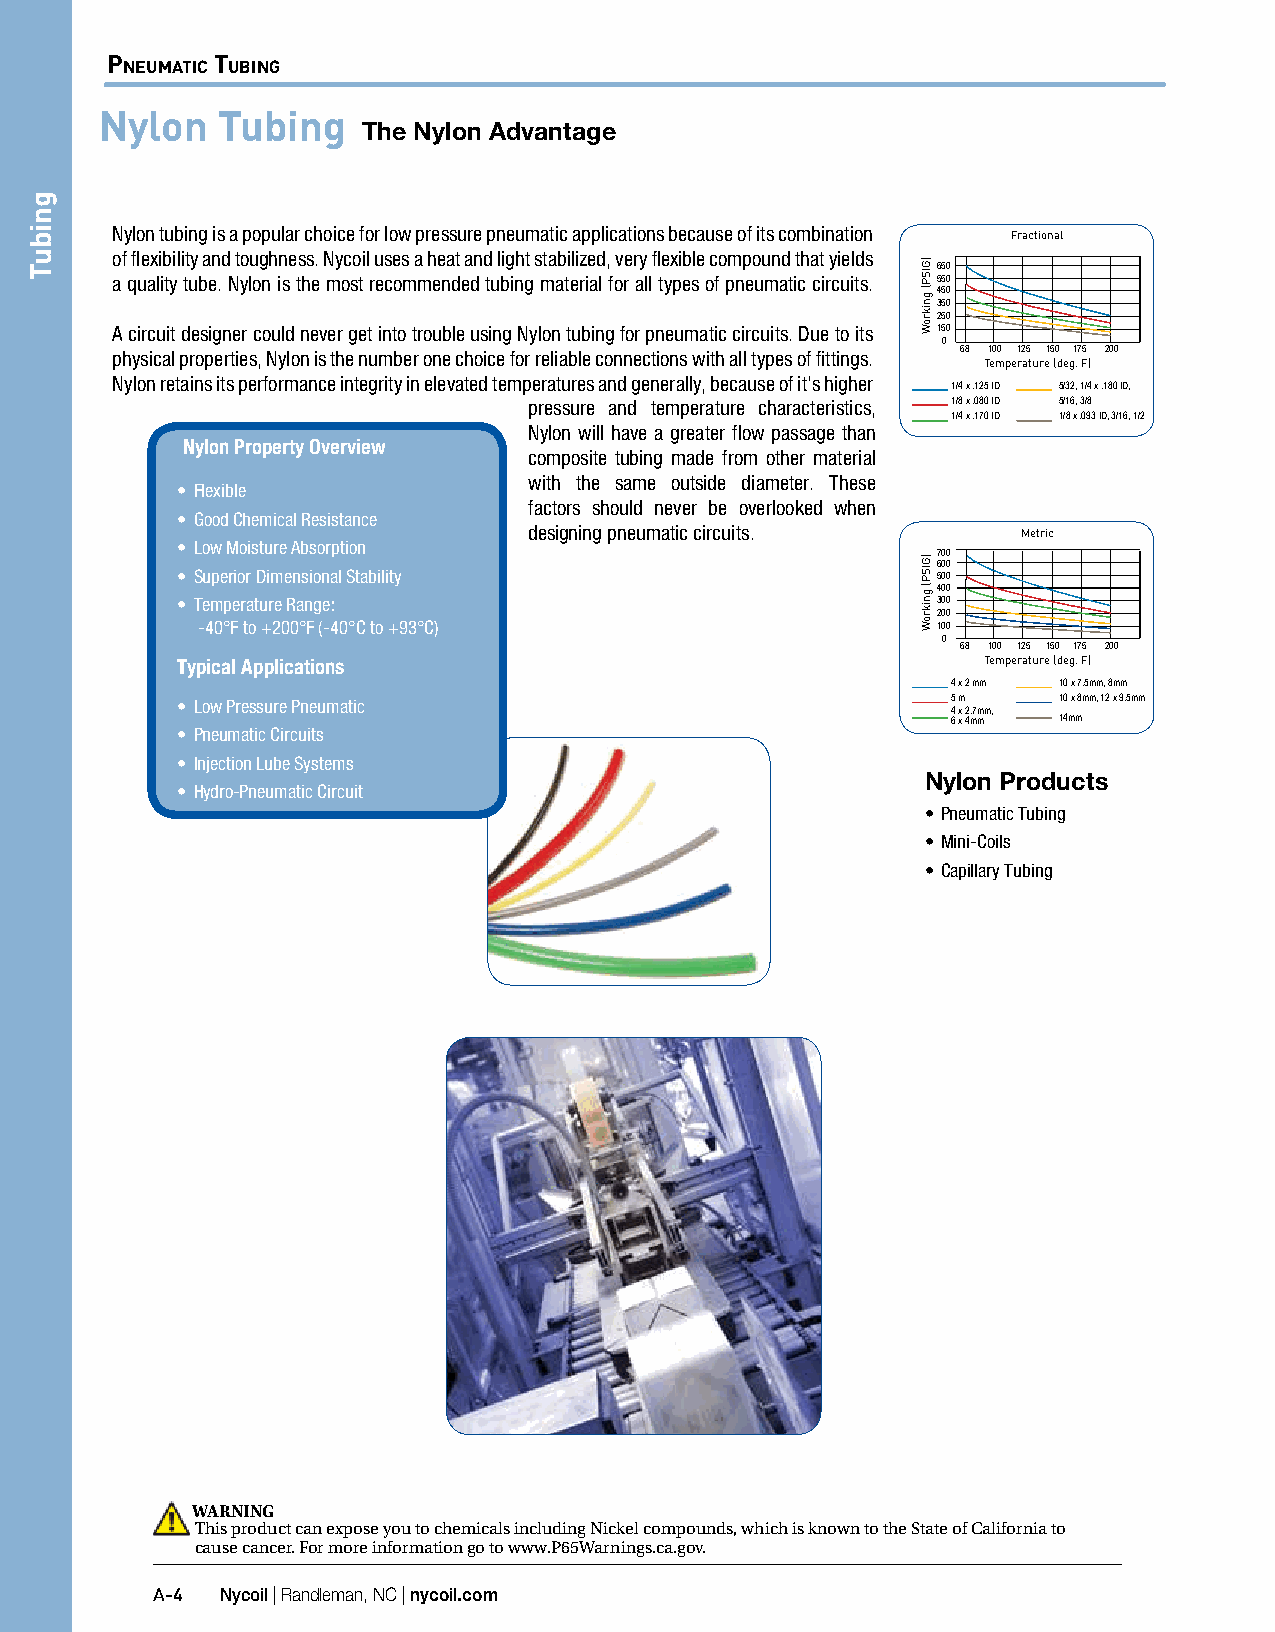
Pneumatic tubing                                                                                                                                Pneumatic tubing
 Nylon  Tubing
 The Nylon Advantage
 Nylon tubing is a popular choice for low pressure pneumatic applications because of its combination Fractional
 of flexibility and toughness. Nycoil uses a heat and light stabilized, very flexible compound that yields
 650
 a quality tube. Nylon is the most recommended tubing material for all types of pneumatic circuits. 550
 450
 350
 250
 A circuit designer could never get into trouble using Nylon tubing for pneumatic circuits. Due to its 150
 0
 physical properties, Nylon is the number one choice for reliable connections with all types of fittings. 68 100 125 150 175 200
 Temperature (deg. F)
 Nylon retains its performance integrity in elevated temperatures and generally, because of it’s higher
 1/4 x .125 ID 5/32, 1/4 x .180 ID,
 pressure and temperature characteristics, 1/8 x .080 ID 5/16, 3/8
 1/4 x .170 ID 1/8 x .093 ID, 3/16, 1/2
 Nylon will have a greater flow passage than
 Nylon Property Overview
 composite tubing made from other material
 with the same outside diameter. These
 • Flexible
 factors should never be overlooked when
 • Good Chemical Resistance
 designing pneumatic circuits.    Metric
 • Low Moisture Absorption
 700 600
 • Superior Dimensional Stability                  500
 400
 • Temperature Range:                              300
 200
 -40°F to +200°F (-40°C to +93°C)                 100
 0
 68 100 125 150 175 200
 Typical Applications                                 Temperature (deg. F)
 4 x 2 mm 10 x 7.5mm, 8mm
 • Low Pressure Pneumatic                           5 m    10 x 8mm, 12 x 9.5mm
 4 x 2.7mm,
 6 x 4mm 14mm
 • Pneumatic Circuits
 • Injection Lube Systems
 Nylon Products
 • Hydro-Pneumatic Circuit
 • Pneumatic Tubing
 • Mini-Coils
 • Capillary Tubing
 WARNING
 This product can expose you to chemicals including Nickel compounds, which is known to the State of California to
 cause cancer. For more information go to www.P65Warnings.ca.gov.
 A-4  Nycoil | Randleman, NC | nycoil.com
 gnibuT
 )GISP(
 gnikroW
 )GISP(
 gnikroW